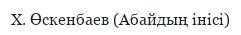
Х. Өскенбаев (Абайдың інісі)